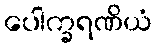
ပေါက္ခရဏိယံ